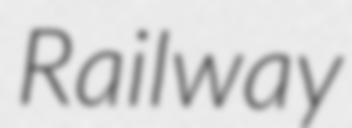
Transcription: Railway